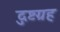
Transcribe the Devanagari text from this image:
दुष्टग्रह